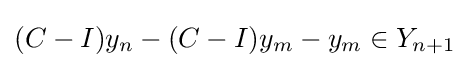
(C-I)y_{n}-(C-I)y_{m}-y_{m}\in Y_{n+1}